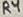
Text: R4